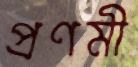
প্রণমী